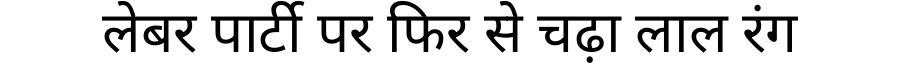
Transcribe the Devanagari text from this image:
लेबर पार्टी पर फिर से चढ़ा लाल रंग